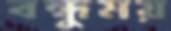
বন্ধুময়